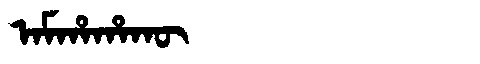
Manchu: ᠠᠮᡥᠠᡥᠠᡴᡡ
Romanization: AMHAHAKŪ